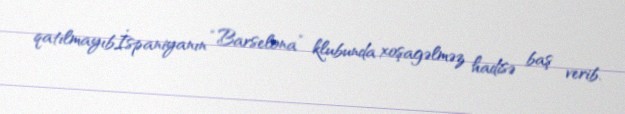
qatılmayıbİspaniyanın “Barselona” klubunda xoşagəlməz hadisə baş verib.